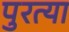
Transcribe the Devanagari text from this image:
पुरत्या